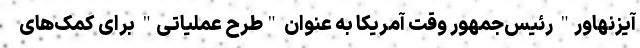
آیزنهاور" رئیس‌جمهور وقت آمریکا به عنوان "طرح عملیاتی" برای کمک‌های